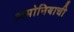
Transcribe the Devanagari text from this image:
अमोनियाची